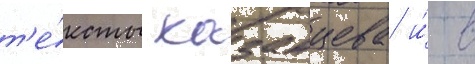
т'е́ксты казанцева и́ в